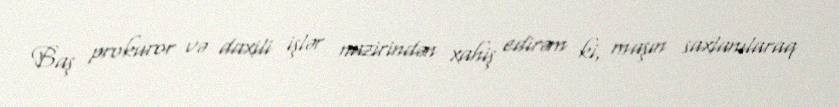
Baş prokuror və daxili işlər nazirindən xahiş edirəm ki, maşın saxlanılaraq